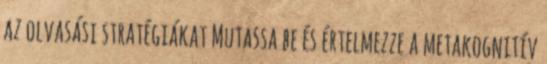
az olvasási stratégiákat Mutassa be és értelmezze a metakognitív